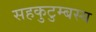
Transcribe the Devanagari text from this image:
सहकुटुम्बस्य